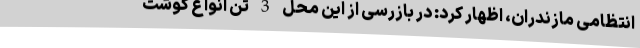
انتظامی مازندران، اظهار کرد: در بازرسی از این محل 3 تن انواع گوشت